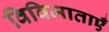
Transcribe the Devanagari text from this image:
विविमाताएँ